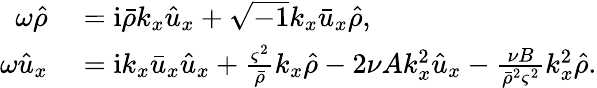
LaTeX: \begin{array}{rl}{\omega\hat{\rho}}&{{}=\mathrm{i}\bar{\rho}k_{x}\hat{u}_{x}+\sqrt{-1}k_{x}\bar{u}_{x}\hat{\rho},}\\ {\omega\hat{u}_{x}}&{{}=\mathrm{i}k_{x}\bar{u}_{x}\hat{u}_{x}+\frac{\varsigma^{2}}{\bar{\rho}}k_{x}\hat{\rho}-2\nu Ak_{x}^{2}\hat{u}_{x}-\frac{\nu B}{\bar{\rho}^{2}\varsigma^{2}}k_{x}^{2}\hat{\rho}.}\end{array}